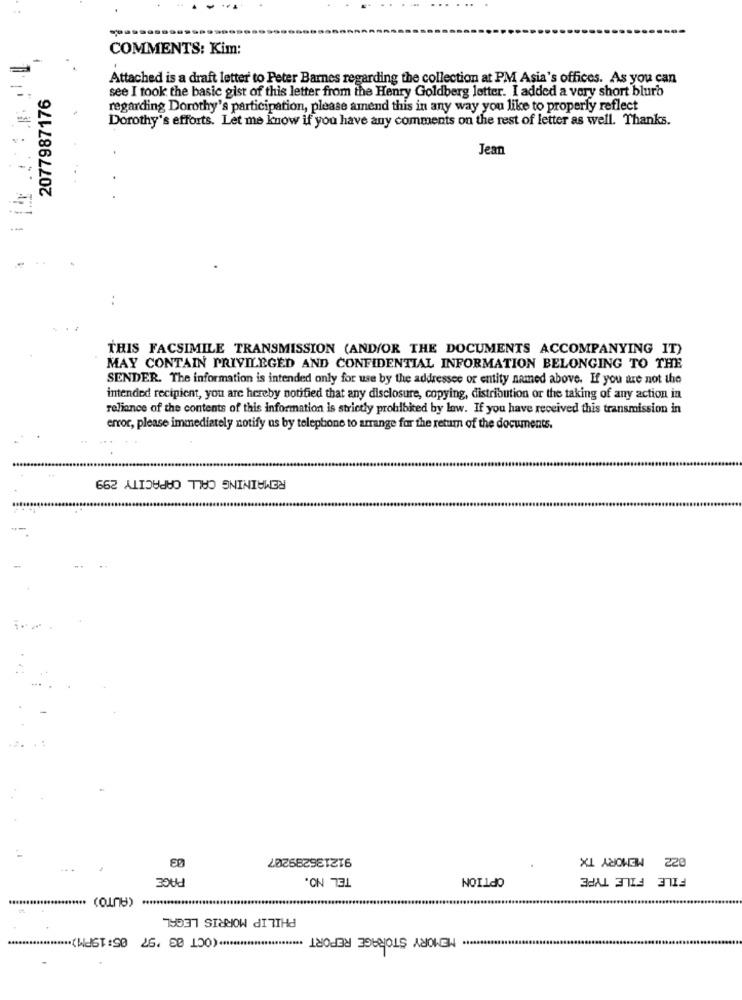
---
COMMENTS: Kim:
Attached is a draft letter to Peter Barnes regarding the collection at PM Asia's offices. As you can
2077987176
see I took the basic gist of this letter from the Henry Goldberg letter. I added a very short blurb
regarding Dorothy's participation, please amend this in any way you like to properly reflect
Dorothy's efforts. Let me know if you have any comments on the rest of letter as well. Thanks.
Jean
--
..
THIS FACSIMILE TRANSMISSION (AND/OR THE DOCUMENTS ACCOMPANYING IT)
MAY CONTAIN PRIVILEGED AND CONFIDENTIAL INFORMATION BELONGING TO THE
SENDER. The information is intended only for use by the addressee or entity named above. If you are not the
intended recipient, you are hereby notified that any disclosure, copying, distribution or the taking of any action in
reliance of the contents of this information is strictly prohibited by law. If you have received this transmission in
error, please immediately notify us by telephone to arrange for the retum of the documents.
REMAINING CALL CAPACITY 299
53
912136289207
022 MEMORY TX
PAGE
TEL NO.
OPTION
FILE FILE TYPE
(AUTO)
PHILIP MORRIS LEGAL
***********.. (OCT 03 '97 05:19PM) *******
MEMORY STORAGE REPORT ....